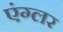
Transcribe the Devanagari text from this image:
एंग्लर